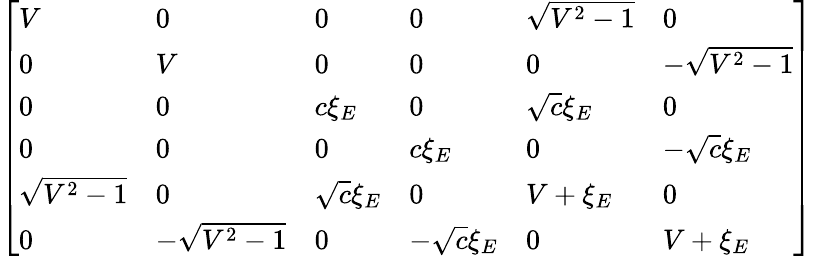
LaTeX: \left[\begin{array}{llllll}{V}&{0}&{0}&{0}&{\sqrt{{{V}^{2}}-1}}&{0}\\ {0}&{V}&{0}&{0}&{0}&{-\sqrt{{{V}^{2}}-1}}\\ {0}&{0}&{c{{\xi}_{E}}}&{0}&{\sqrt{c}{{\xi}_{E}}}&{0}\\ {0}&{0}&{0}&{c{{\xi}_{E}}}&{0}&{-\sqrt{c}{{\xi}_{E}}}\\ {\sqrt{{{V}^{2}}-1}}&{0}&{\sqrt{c}{{\xi}_{E}}}&{0}&{V+{{\xi}_{E}}}&{0}\\ {0}&{-\sqrt{{{V}^{2}}-1}}&{0}&{-\sqrt{c}{{\xi}_{E}}}&{0}&{V+{{\xi}_{E}}}\end{array}\right]